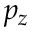
p _ { z }